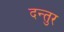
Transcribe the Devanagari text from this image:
दन्तुर